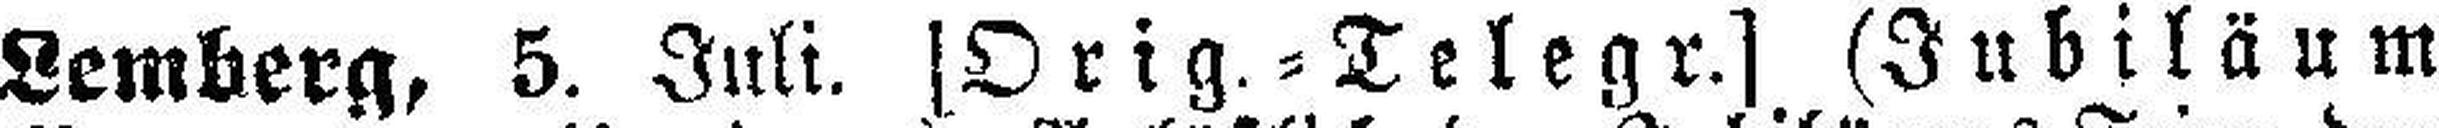
Lemberg, 5. Juli. [Orig. - Telegr.] (Jubiläum